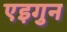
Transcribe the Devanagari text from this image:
एइगुन